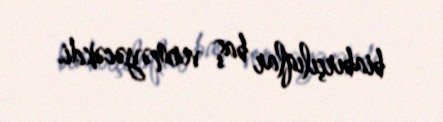
biabırçılıqlar baş verməyəcəkdi.